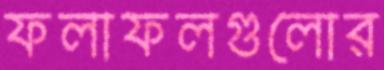
ফলাফলগুলোর